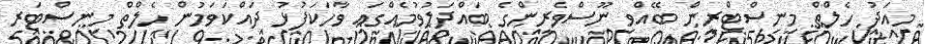
މިއަދު ހެލްތް މިނިސްޓްރީން ބޭއްވި ނޫސްވެރިންގެ ބައްދަލުވުމެއްގައި ވާހަކަފުޅު ދައްކަވަމުން ހެލްތް މިނިސްޓަރ